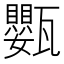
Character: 𭺩